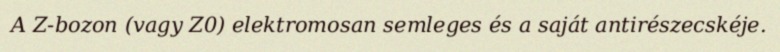
A Z-bozon (vagy Z0) elektromosan semleges és a saját antirészecskéje.